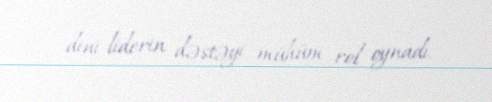
dini liderin dəstəyi mühüm rol oynadı.